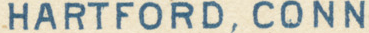
HARTFORD, CONN